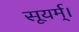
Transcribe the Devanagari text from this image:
सूयर्म्।